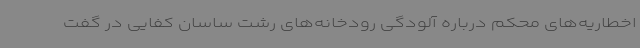
اخطاریه‌های محکم درباره آلودگی رودخانه‌های رشت ساسان کفایی در گفت